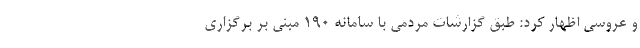
و عروسی اظهار کرد: طبق گزارشات مردمی با سامانه ۱۹۰ مبنی بر برگزاری